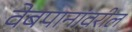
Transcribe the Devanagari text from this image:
वेबपानांवरील